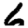
Digit: 6